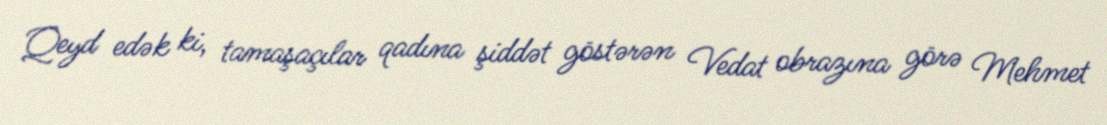
Qeyd edək ki, tamaşaçılar qadına şiddət göstərən Vedat obrazına görə Mehmet